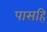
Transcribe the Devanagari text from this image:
पासहि